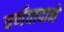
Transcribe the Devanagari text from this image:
वर्णवादाने